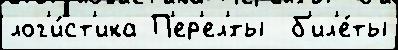
лог'и́ст'ика П'ер'ел'́ты  б'ил'е́ты